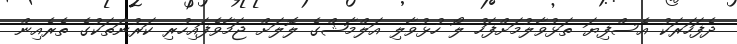
ދެފަހަރަކު އެސްފިޔަ ތަޅުވާލުމަށްފަހު ލޯ ހުޅުވާލި އަލްމާޝްގެ ލޮލަށް ޖަމާވެފައިހުރި ކަރުނަތަކުގެ ތެރެއިން